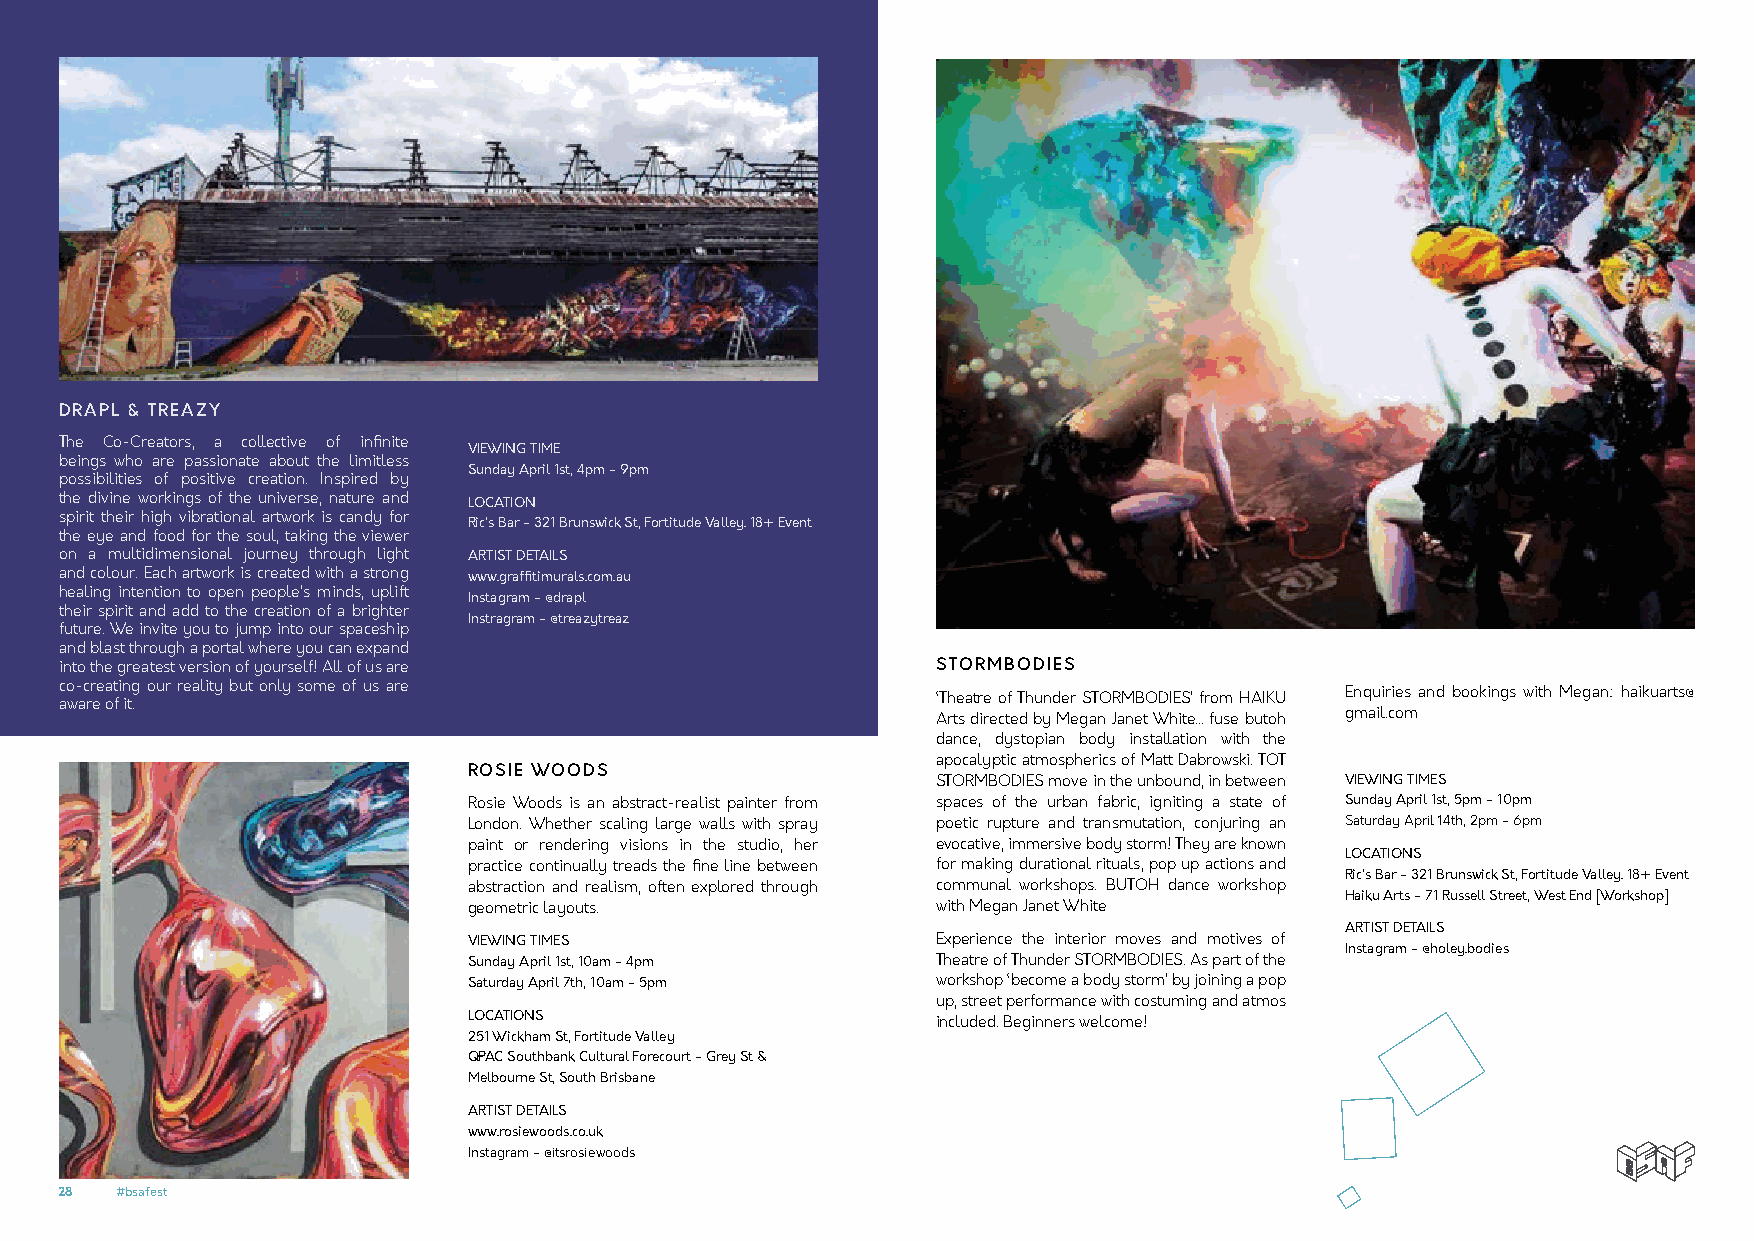
DRAPL & TREAZY
 The Co-Creators, a collective of infinite
 VIEWING TIME
 beings who are passionate about the limitless
 Sunday April 1st, 4pm - 9pm
 possibilities of positive creation. Inspired by
 the divine workings of the universe, nature and LOCATION
 spirit their high vibrational artwork is candy for
 Ric’s Bar - 321 Brunswick St, Fortitude Valley. 18+ Event
 the eye and food for the soul, taking the viewer
 on a multidimensional journey through light ARTIST DETAILS
 and colour. Each artwork is created with a strong www.graffitimurals.com.au
 healing intention to open people’s minds, uplift
 Instagram - @drapl
 their spirit and add to the creation of a brighter
 Instragram - @treazytreaz
 future. We invite you to jump into our spaceship
 and blast through a portal where you can expand
 into the greatest version of yourself! All of us are      STORMBODIES
 co-creating our reality but only some of us are
 ‘Theatre of Thunder STORMBODIES’ from HAIKU Enquiries and bookings with Megan: haikuarts@
 aware of it.
 Arts directed by Megan Janet White... fuse butoh gmail.com
 dance, dystopian body installation with the
 apocalyptic atmospherics of Matt Dabrowski. TOT
 ROSIE WOODS
 STORMBODIES move in the unbound, in between VIEWING TIMES
 Rosie Woods is an abstract-realist painter from spaces of the urban fabric, igniting a state of Sunday April 1st, 5pm - 10pm
 London. Whether scaling large walls with spray poetic rupture and transmutation, conjuring an Saturday April 14th, 2pm - 6pm
 paint or rendering visions in the studio, her evocative, immersive body storm! They are known
 LOCATIONS
 practice continually treads the fine line between for making durational rituals, pop up actions and
 Ric’s Bar - 321 Brunswick St, Fortitude Valley. 18+ Event
 abstraction and realism, often explored through communal workshops. BUTOH dance workshop
 Haiku Arts - 71 Russell Street, West End [Workshop]
 geometric layouts.             with Megan Janet White
 ARTIST DETAILS
 VIEWING TIMES                  Experience the interior moves and motives of
 Instagram - @holey.bodies
 Sunday April 1st, 10am - 4pm   Theatre of Thunder STORMBODIES. As part of the
 Saturday April 7th, 10am - 5pm workshop ‘become a body storm’ by joining a pop
 up, street performance with costuming and atmos
 LOCATIONS                      included. Beginners welcome!
 251 Wickham St, Fortitude Valley
 QPAC Southbank Cultural Forecourt - Grey St &
 Melbourne St, South Brisbane
 ARTIST DETAILS
 www.rosiewoods.co.uk
 Instagram - @itsrosiewoods
 28  #bsafest